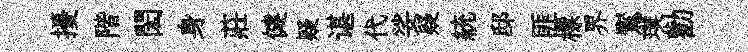
擾階閎身莊健疑谌代娑疑統邸匪標界鸑璞勸